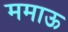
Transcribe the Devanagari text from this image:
ममाऊ